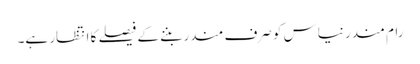
رام مندر نیاس کو صرف مندر بننے کے فیصلے کا انتظار ہے۔